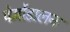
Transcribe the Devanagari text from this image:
पेर्मोडालन